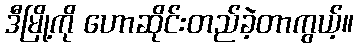
ဒီမြို့ကို ဟောဆိုင်းတည်ခဲ့တာကွယ့်။